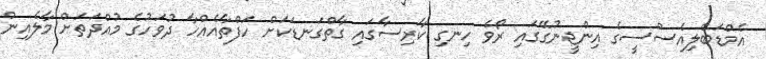
އެމްޑަބްލިއެސްސީގެ އިންޖީނުގޭގައި ރޯވެ ހިނގި ކާރިސާގައި ގާތްގަނޑަކަށް ހަފްތާއެއްހާ ދުވަހުގެ މުއްދަތަށް މާލެއިން